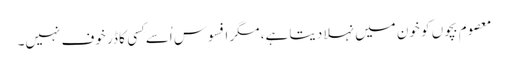
معصوم بچوں کو خون میں نہلا دیتا ہے، مگر افسوس اُسے کِسی کا ڈر خوف نہیں۔